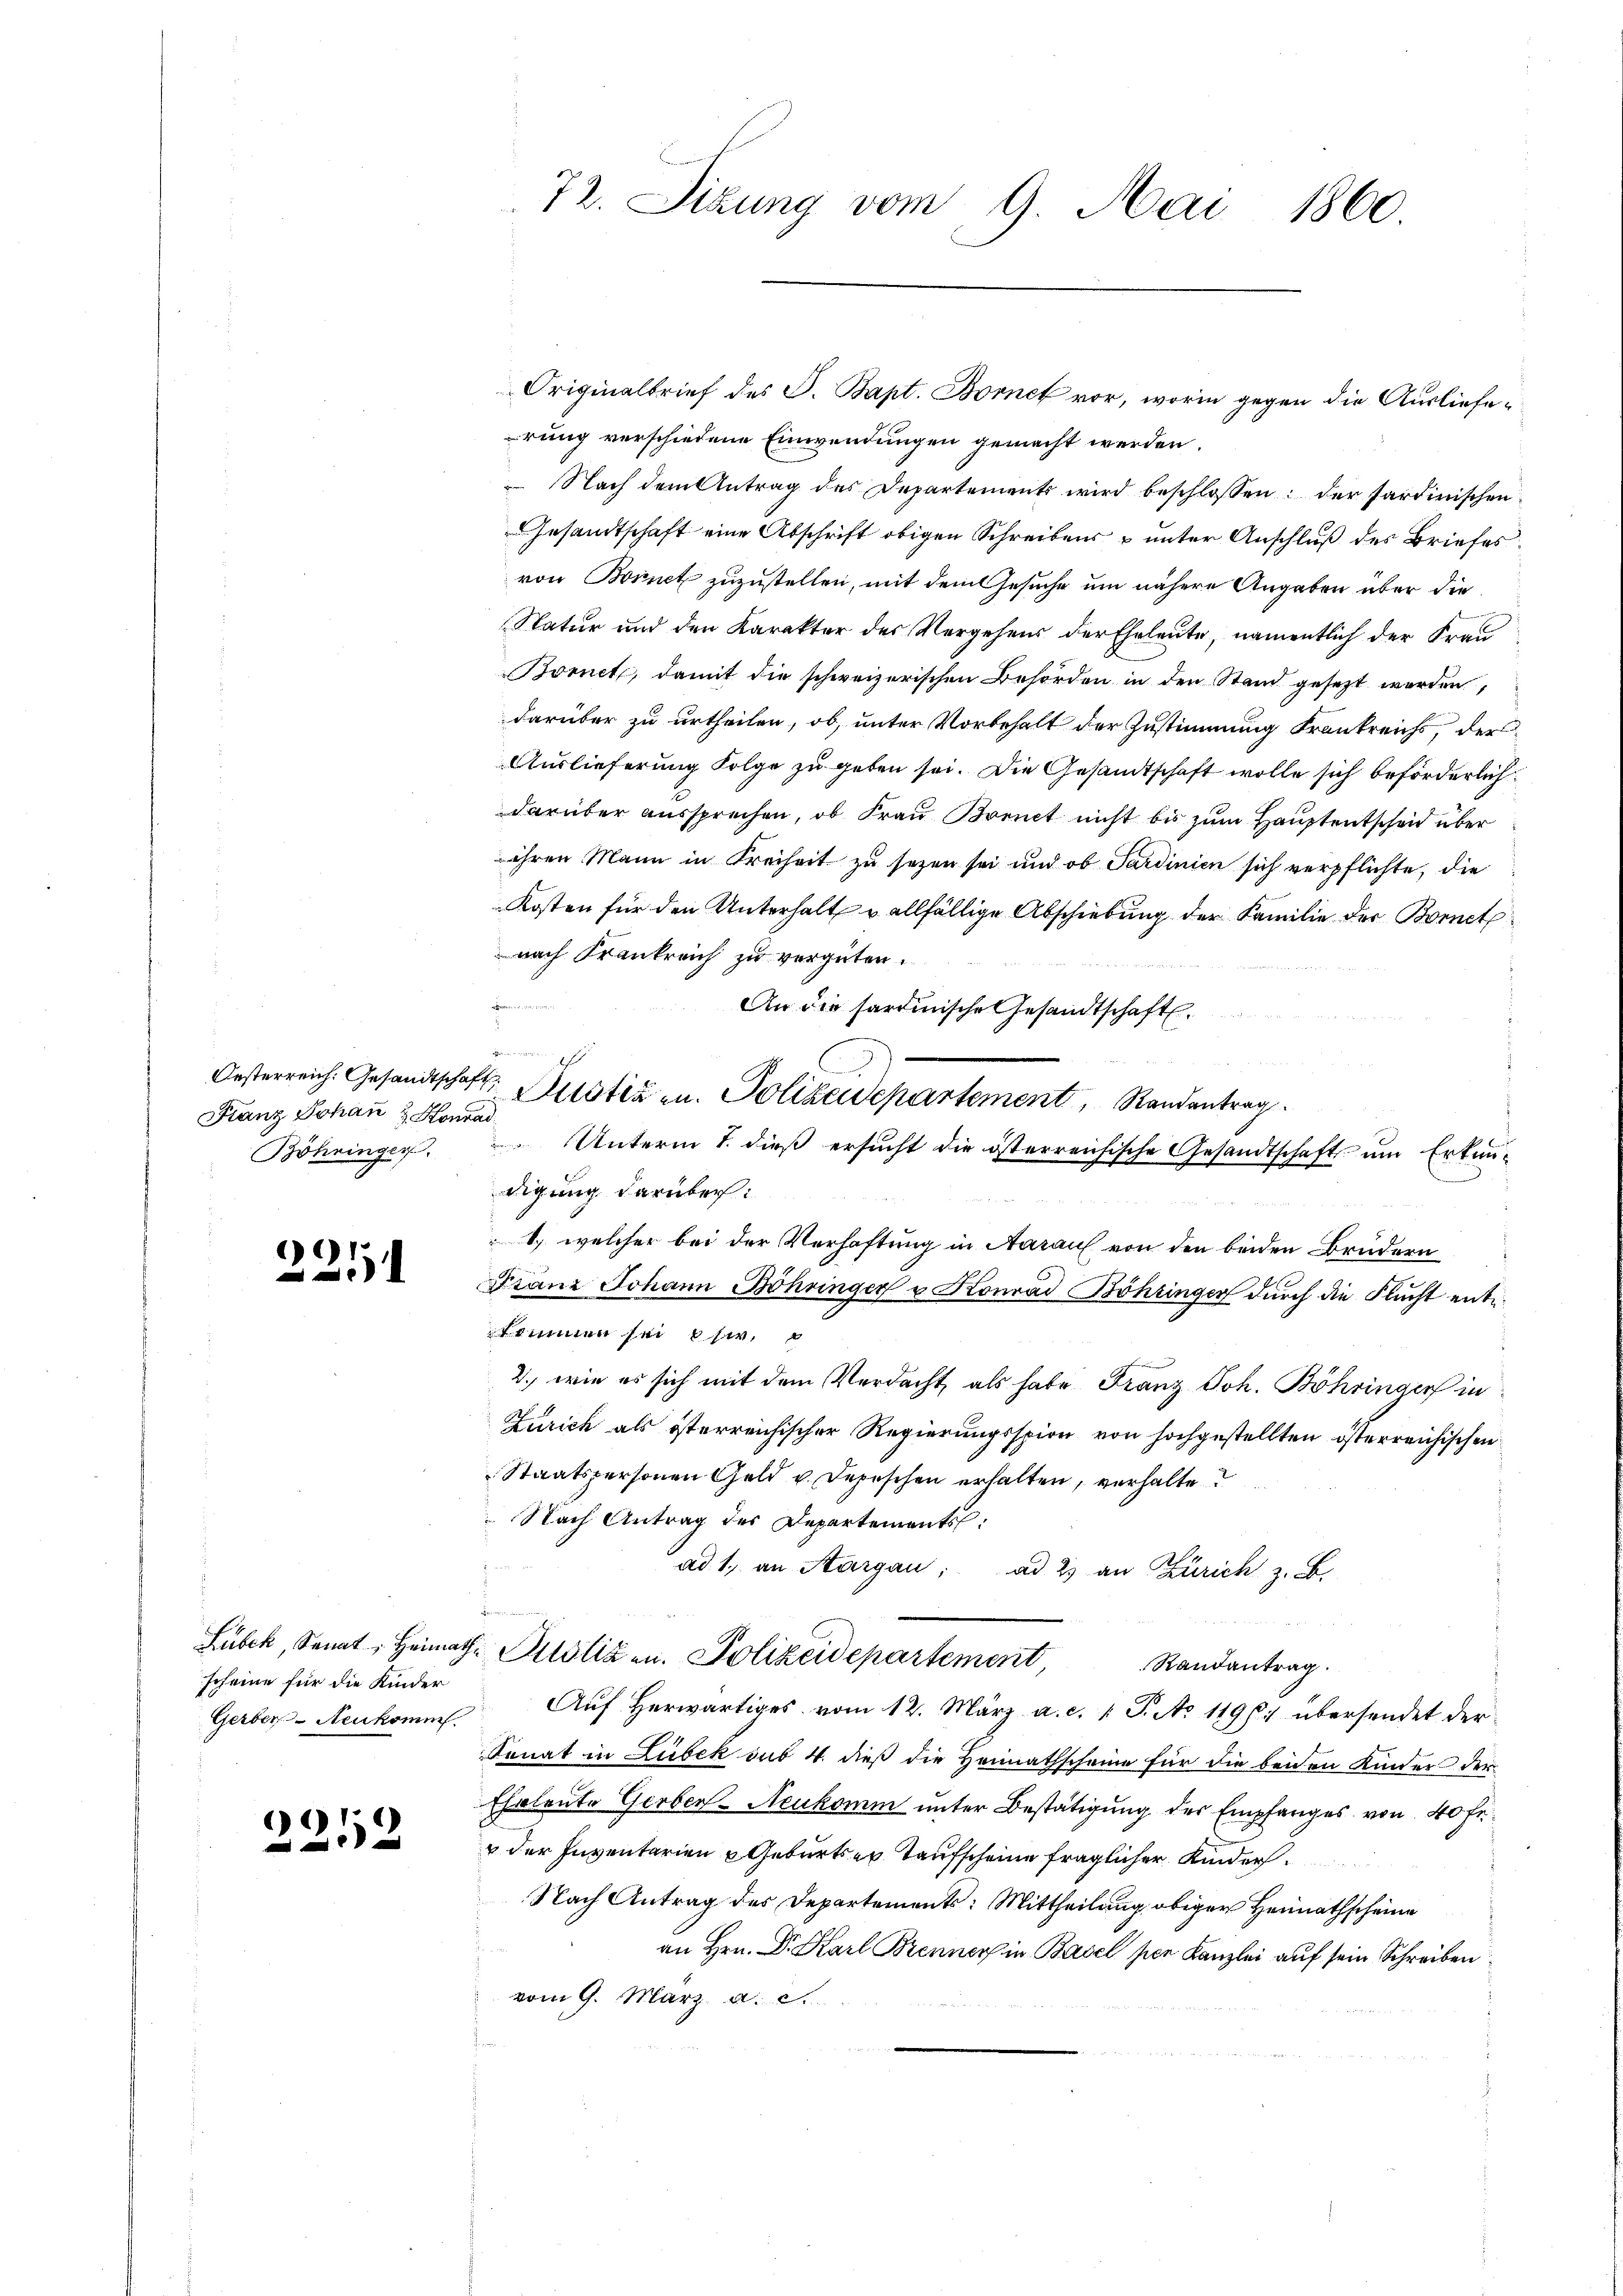
Franz Johan & Konrad

)
1

scheine für die Kinder

091

rung verschiedene Einwendungen gemacht werden.
 Nach dem Antrag des Departements wird beschlossen: der Sardinischen
Gesandtschaft eine Abschrift obigen Schreibens u unter Anschluß des Briefes
von Bonnet zuzustellen, mit dem Gesuche um nähere Angaben über die
Natur und den Karakter des Vergehens der Eheleute, namentlich der Frau
Bornet, damit die schweizerischen Behörden in den Stand gesetzt worden,
darüber zu urtheilen, ob, unter Vorbehalt der Zustimmung Frankreichs, der
Auslieferung Folge zu geben sei. Die Gesandtschaft wolle sich beförderlich
darüber aussprechen, ob Frau Brent nicht bis zum Hauptentscheid über
ihren Mann in Freiheit zu sezen sei und ob Sardinien sich verpflichte, die
Kosten für den Unterhalt u allfällige Abschiebung der Familie der Bornet
nach Krankreich zu vergüten.
An die sartinische Gesandtschaft.
Böhringen. Unterm 1. dieβ ersŭcht die österreichische Gesandtschaft ŭm Erkun-
digung darüber:
S. welcher bei der Verhaftung in Aarauf von den beiden Brüdern
Franz Johann Bohringer u. Konrad Böhringer durch die Flucht entkommen sei sie.
2. wie es sich mit dem Verdacht, als habe Franz Joh. Böhringer in
Zürich als österreichischer Regierungsspion von hochgestellten österreichischen
Staatspersonen Geld u. Depeschen erhalten, verhalte
 Nach Antrag des Departements:
s
ad 1., an Aargau; ad 2) an Zürich z. B.
Lubek, Senat, Heimath-Polizen. Polizeidepartement,
Randantrag.
Gerber-Neukomm Aŭf herwärtiges vom 12. März a. c. 1 S. No 11961 übersendet der
Senat in Lubek sub 4. dieß die Heimathscheine für die beiden Kinder der
Eheleute Gerber-Neukomm unter Bestätigung der Empfanges von 40 fe
 der Inventarien Geburts er Taufscheine fraglicher Kinder
Nach Antrag des Departements: Mittheilung obiger Heimathscheine
.
an Hrn. Dr. Karl Brenners in Basel per Kanzlei auf sein Schreiben
vom 9. März a. c.

72. Sizung vom 9. Mai 1860.

Oesterreich. Gesandtschaft Zustiz an. Polizeidepartement, Standentrag

Originalbrief des S. Bapt. Bornet vor, worin gegen die Ausliefe¬